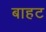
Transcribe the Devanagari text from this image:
बाहट